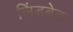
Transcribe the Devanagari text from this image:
लिंडबेक